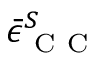
\bar { \epsilon } _ { \mathrm { ~ C ~ C ~ } } ^ { S }